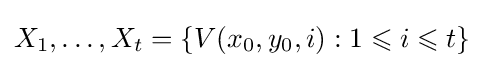
X_{1},\ldots ,X_{t}=\{V(x_{0},y_{0},i):1\leqslant i\leqslant t\}